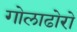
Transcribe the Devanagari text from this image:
गोलाढोरो